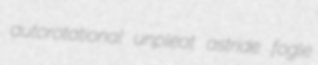
autorotational unpleat astride fogle